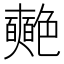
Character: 𮎞